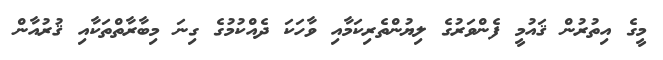
މީގެ އިތުރުން ޤައުމީ ފެންވަރުގެ ލިޔުންތެރިކަމާއި ވާހަކަ ދެއްކުމުގެ ގިނަ މިބާރާތްތަކާއި ޤުރުއާން